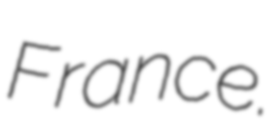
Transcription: France.